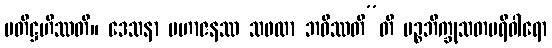
ပတိဋ္ဌဟိဿတိ။ ဒေသနာ မဟာဇနဿ သဖလာ ဘဝိဿတီ”တိ ပဉ္စဘိက္ခုသတပရိဝါရော